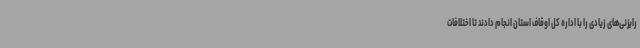
رایزنی‌های زیادی را با اداره کل اوقاف استان انجام دادند تا اختلافات